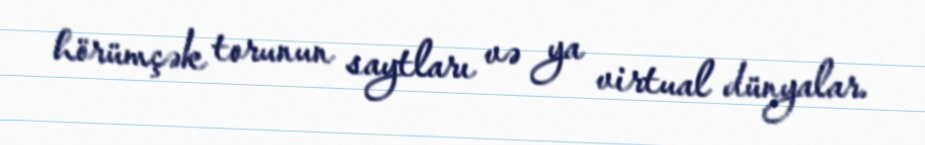
hörümçək torunun saytları və ya virtual dünyalar.